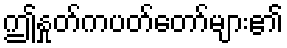
ဤနှုတ်ကပတ်တော်များ၏